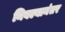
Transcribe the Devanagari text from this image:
निवल्यानंतर